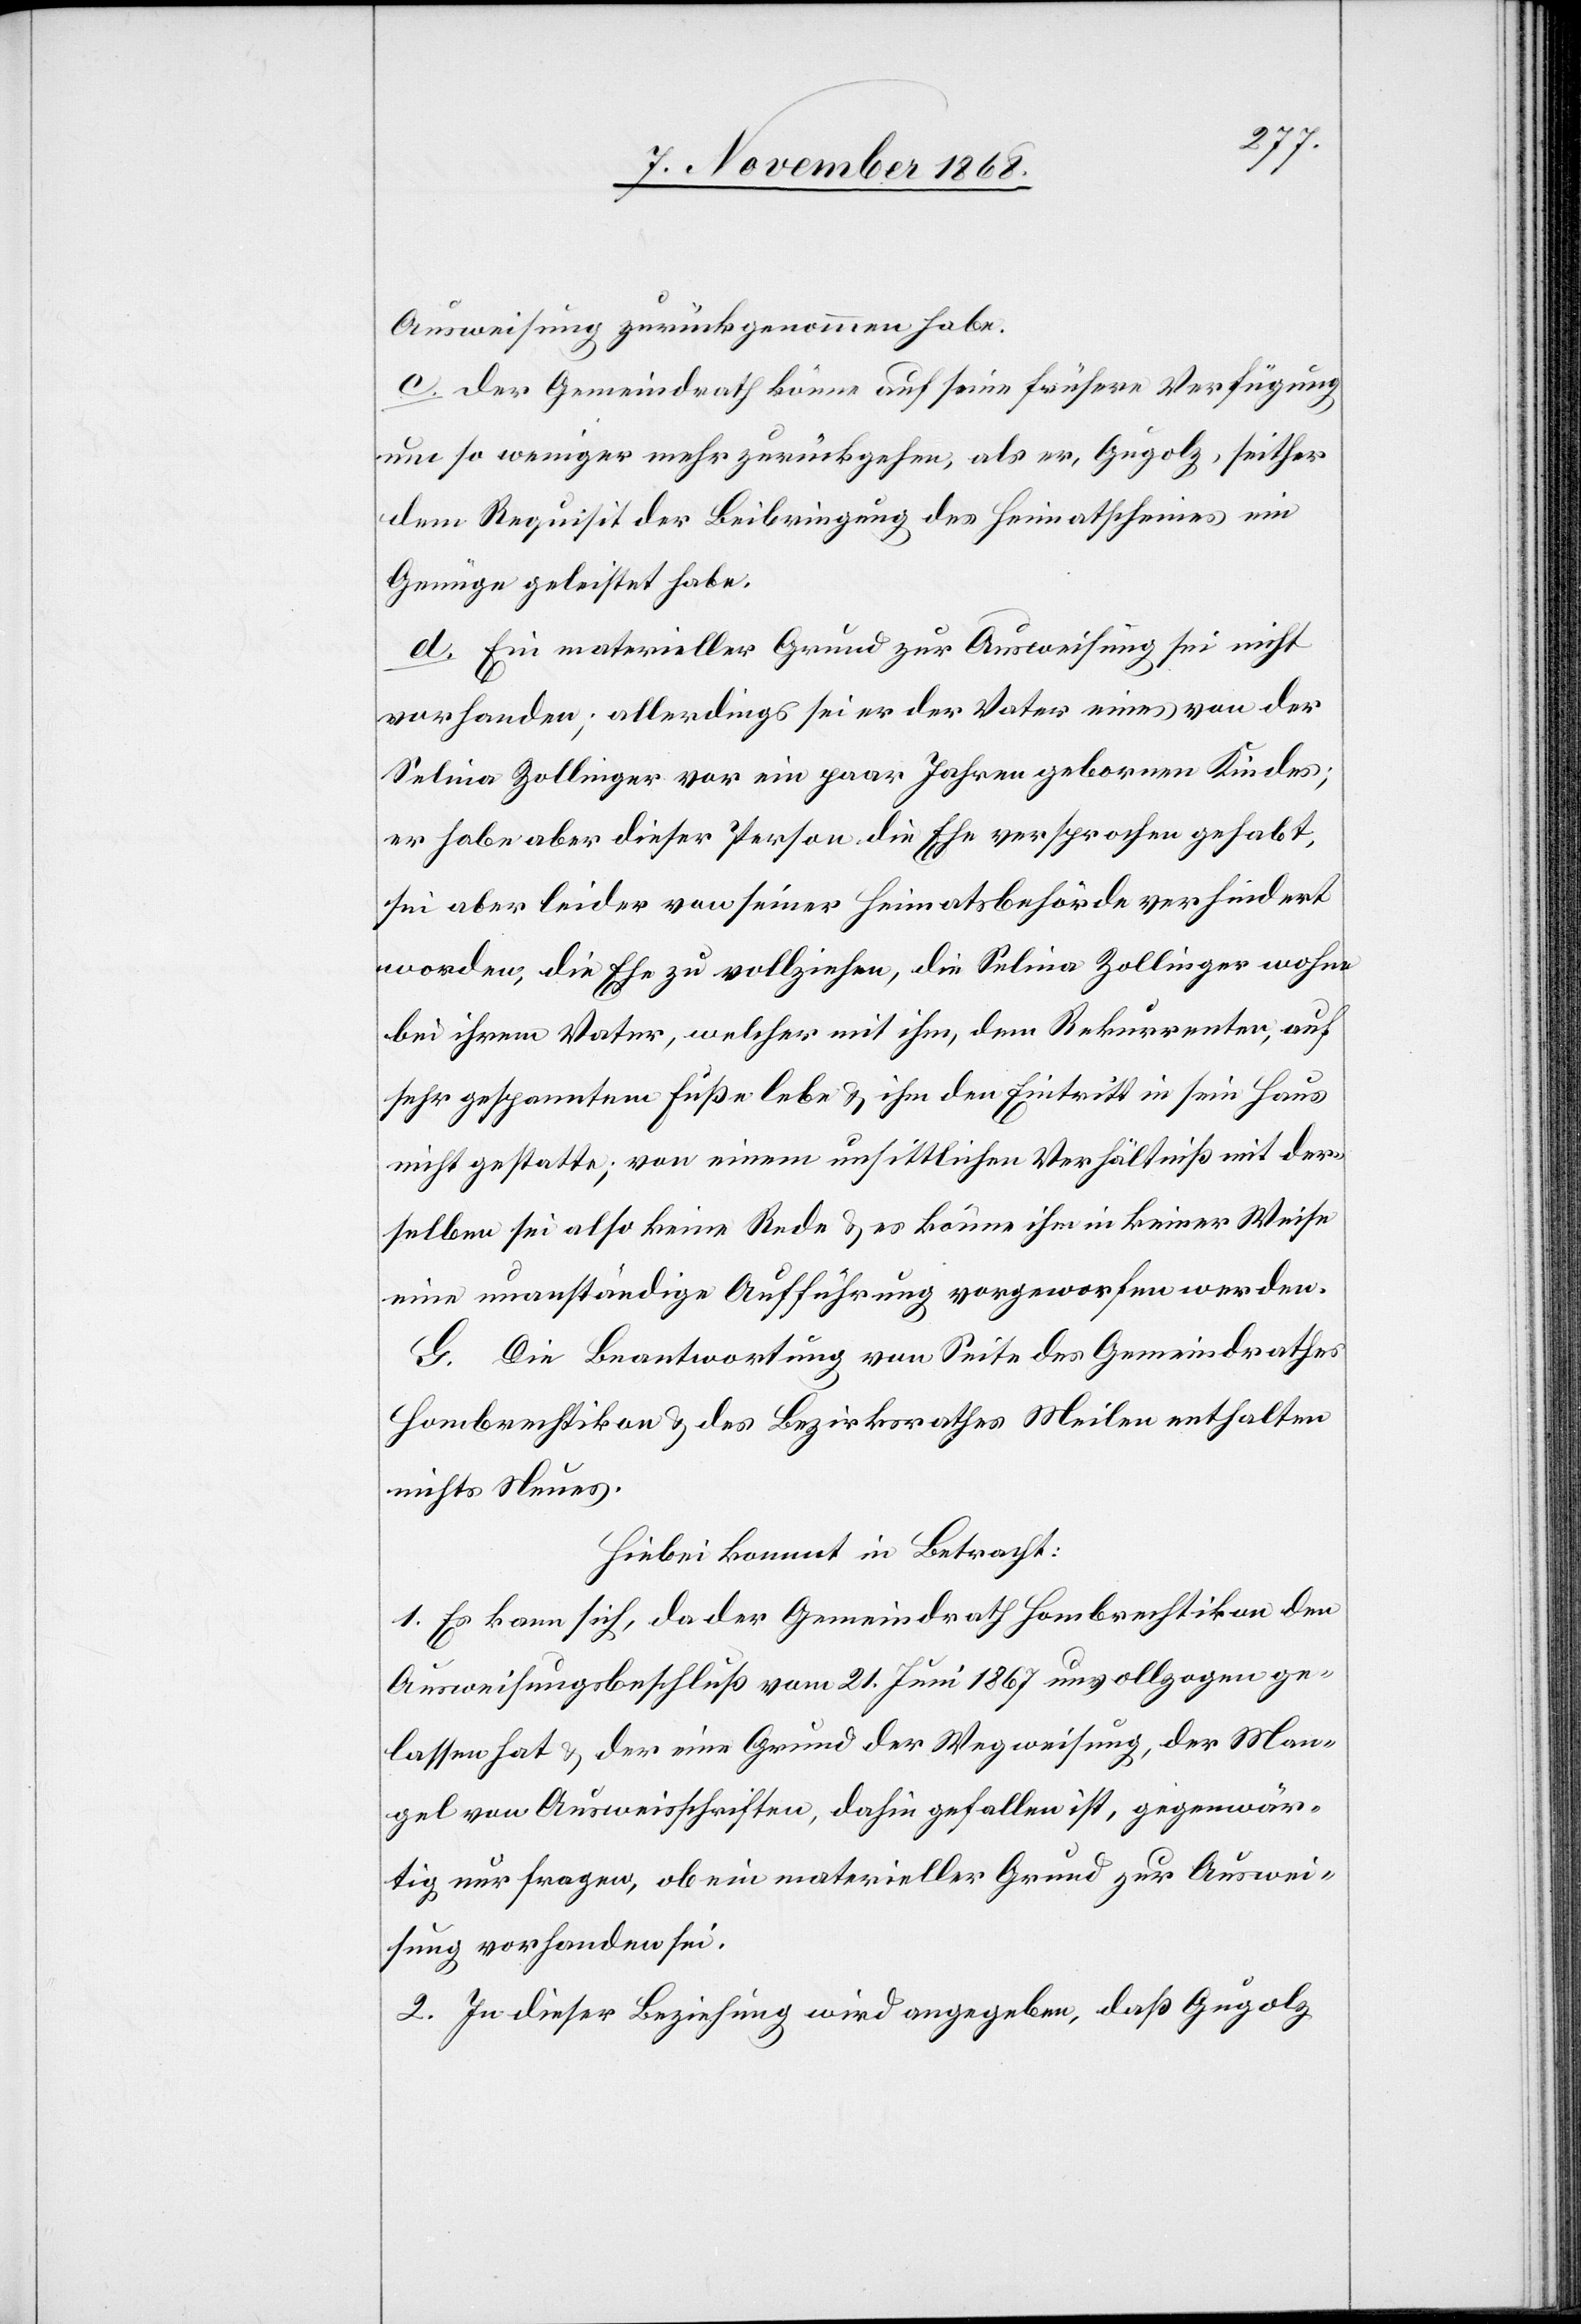
Ausweisung zurückgenommen habe.
c. Der Gemeindrath könne auf seine frühere Verfügung
um so weniger mehr zurückgehen, als er, Gugolz, seither
dem Requisit der Beibringung des Heimatscheines ein
Genüge geleistet habe.
d. Ein materieller Grund zur Ausweisung sei nicht
vorhanden; allerdings sei er der Vater eines von der
Selina Zollinger vor ein paar Jahren gebornen Kindes;
er habe aber dieser Person die Ehe versprochen gehabt,
sei aber leider von seiner Heimatsbehörde verhindert
worden, die Ehe zu vollziehen, die Selina Zollinger wohne
bei ihrem Vater, welcher mit ihm, dem Rekurrenten, auf
sehr gespanntem Fuße lebe & ihm den Eintritt in sein Haus
nicht gestatte; von einem unsittlichen Verhältniß mit der¬
selben sei also keine Rede & es könne ihm in keiner Weise
eine unanständige Aufführung vorgeworfen werden.
G. Die Beantwortung[en] von Seite des Gemeindrathes
Hombrechtikon & des Bezirksrathes Meilen enthalten
nichts Neues.
Hiebei kommt in Betracht:
1. Es kann sich, da der Gemeindrath Hombrechtikon den
Ausweisungsbeschluß vom 21. Juni 1867 unvollzogen ge¬
lassen hat & der eine Grund der Wegweisung, der Man¬
gel von Ausweisschriften, dahin gefallen ist, gegenwär¬
tig nur fragen, ob ein materieller Grund zur Auswei¬
sung vorhanden sei.
2. In dieser Beziehung wird angegeben, daß Gugolz